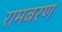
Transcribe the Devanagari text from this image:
रामबरण